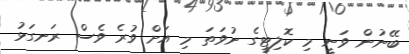
ބޭނުން ވަނީ މި ކޮލިޓީގެ ނުވަތަ މި އަށް ވުރެ ވެސް ރަނގަޅު